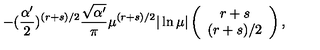
- ( \frac { \alpha ^ { \prime } } { 2 } ) ^ { ( r + s ) / 2 } \frac { \sqrt { \alpha ^ { \prime } } } { \pi } \mu ^ { ( r + s ) / 2 } | \ln \mu | \left( \begin{array} { c } { r + s } \\ { ( r + s ) / 2 } \\ \end{array} \right) ,